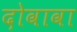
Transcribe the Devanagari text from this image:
दोवावा